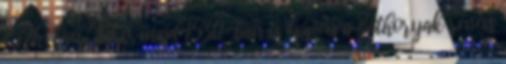
1526-ban Jákó, majd 1530-ban is éppen a Báthoryak révén